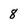
Character: 8